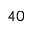
4 0